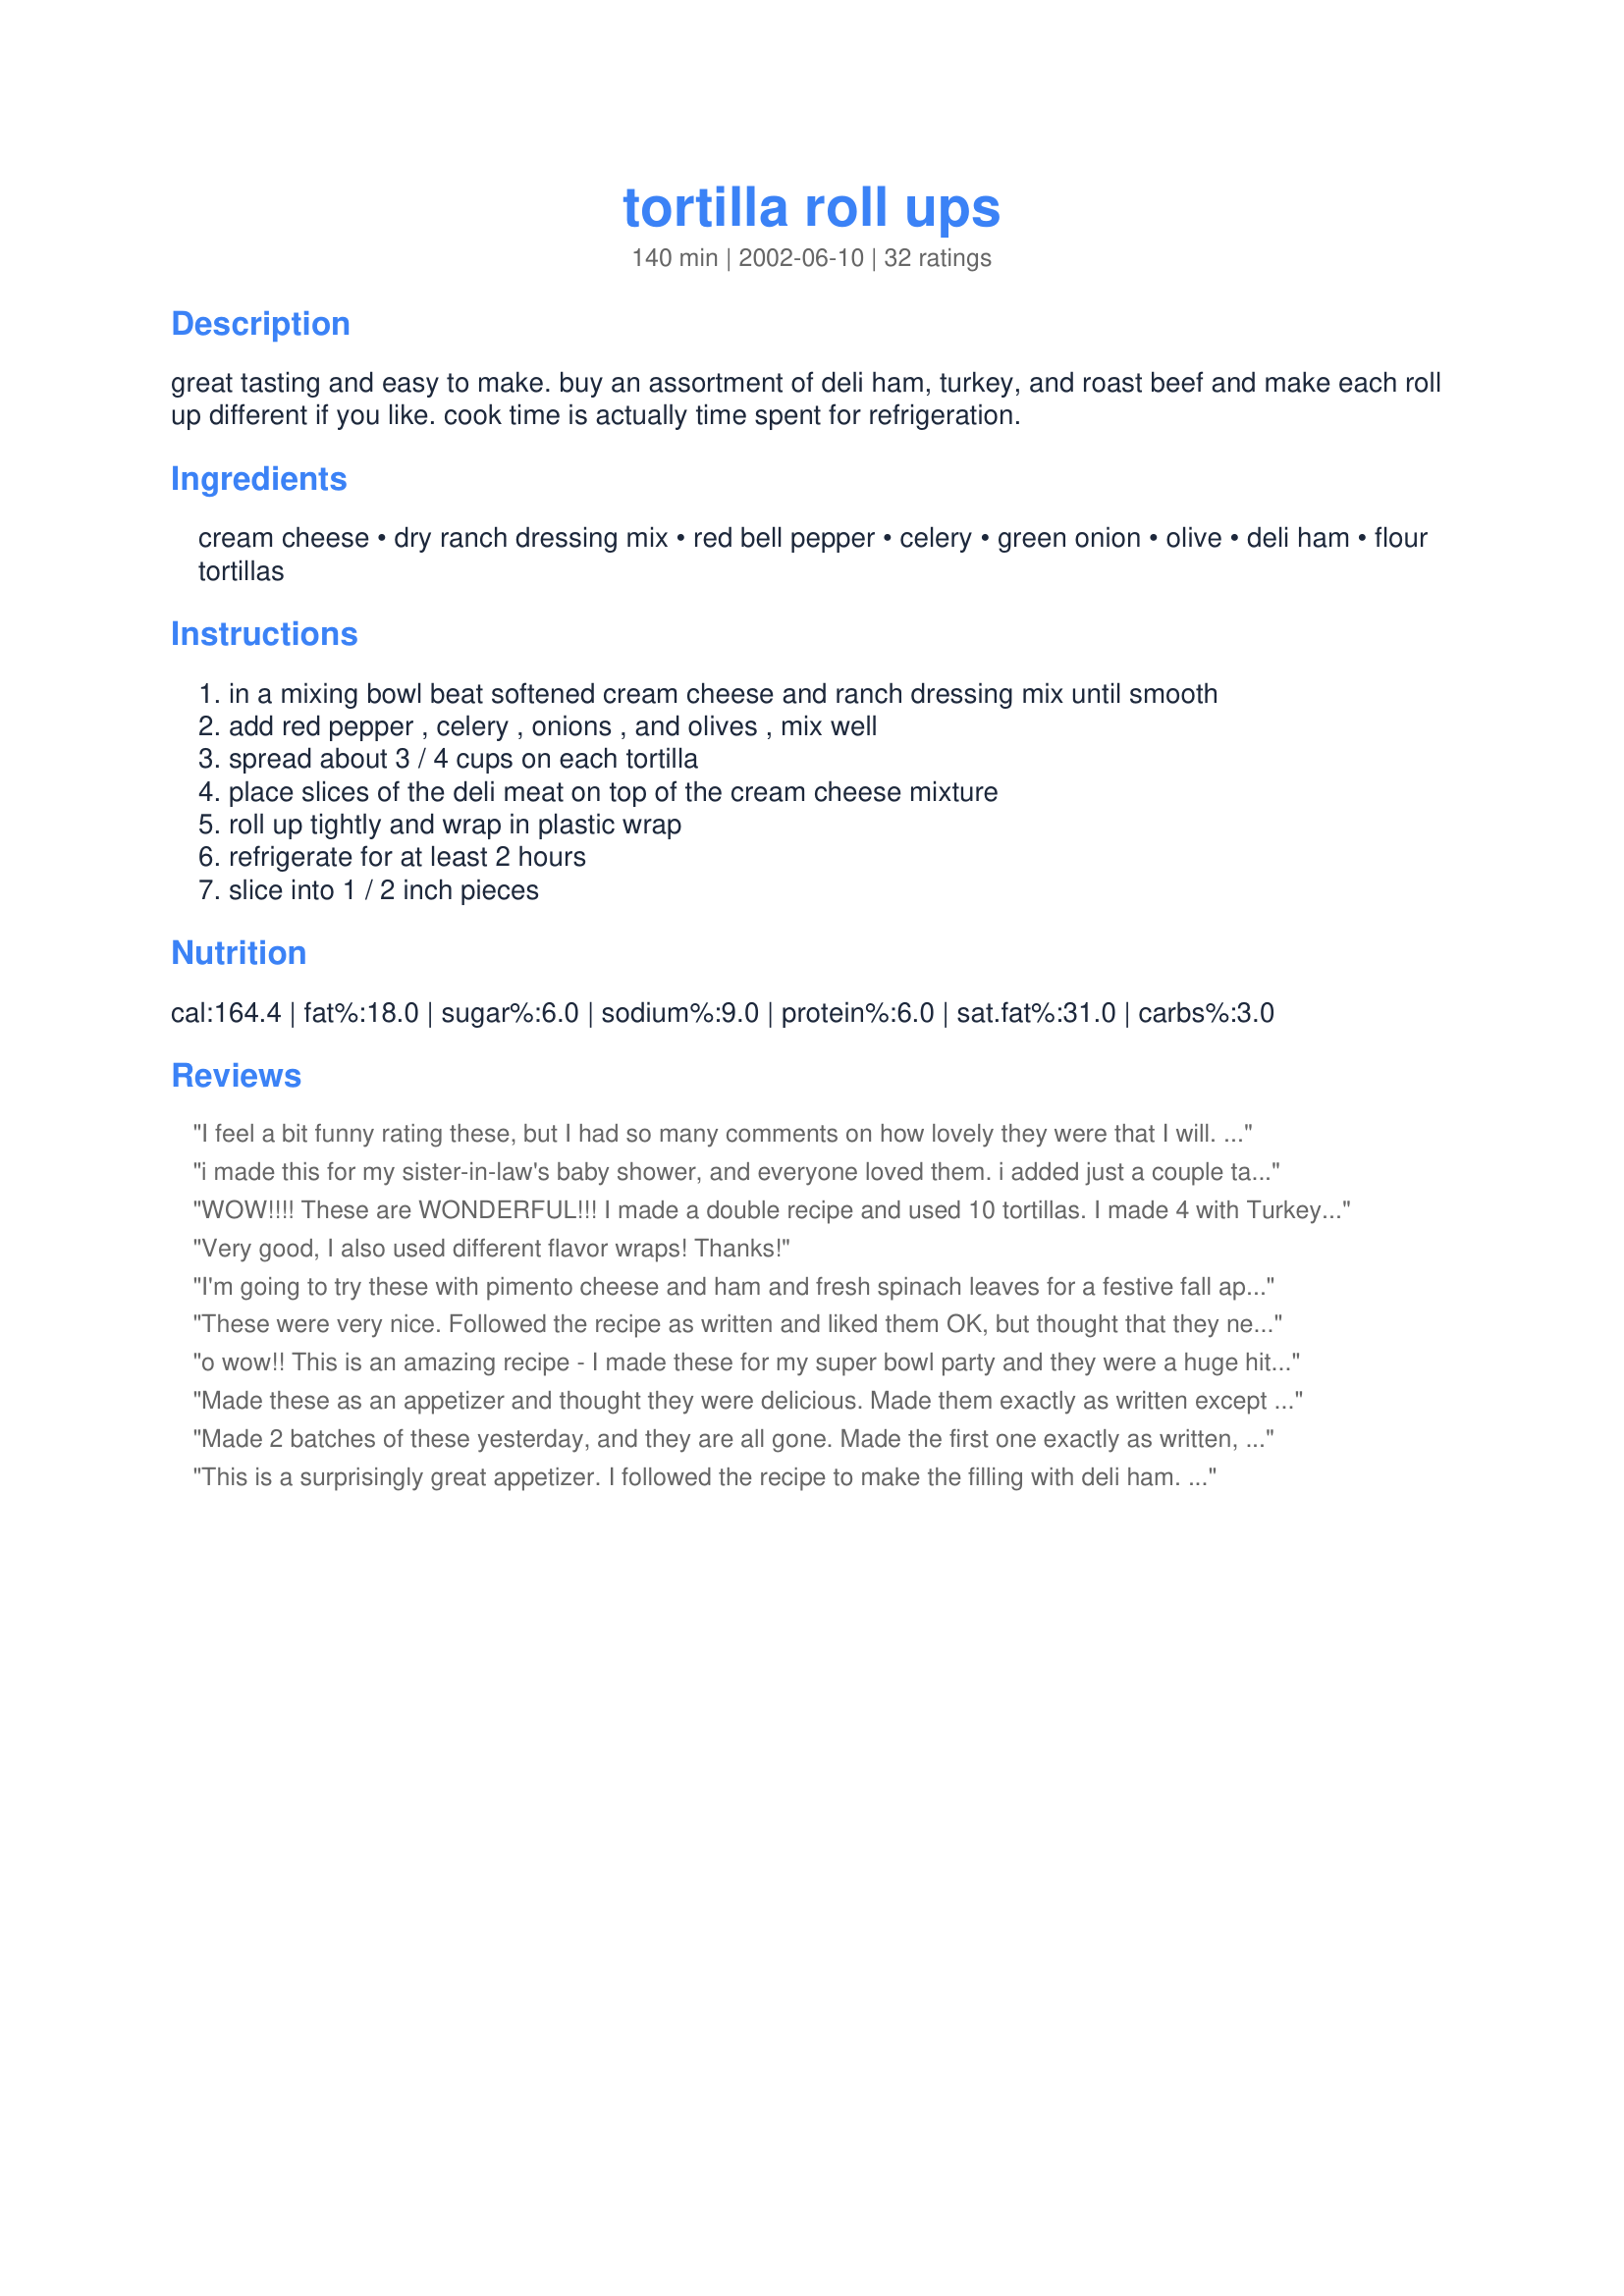
tortilla roll ups
Preparation time: 140 minutes

great tasting and easy to make. buy an assortment of deli ham, turkey, and roast beef and make each roll up different if you like. cook time is actually time spent for refrigeration.

Ingredients:
cream cheese, dry ranch dressing mix, red bell pepper, celery, green onion, olive, deli ham, flour tortillas

Steps:
in a mixing bowl beat softened cream cheese and ranch dressing mix until smooth, add red pepper , celery , onions , and olives , mix well, spread about 3 / 4 cups on each tortilla, place slices of the deli meat on top of the cream cheese mixture, roll up tightly and wrap in plastic wrap, refrigerate for at least 2 hours, slice into 1 / 2 inch pieces

Reviews:
I feel a bit funny rating these, but I had so many comments on how lovely they were that I will. I added a tablespoon each of mayo, sour cream and ranch dressing. In lieu of the dry ranch dressing I used some taco seasoning.I had to leave out the red capsicum as one of the guests is allergic to them...and I completely forgot the onion!! but they were really great. I can see that I will be making these for lots of family get togethers. I used ham and corned beef slices.
i made this for my sister-in-law's baby shower, and everyone loved them. i added just a couple tablespoons of mayonnaise to make the cream cheese mixture a bit smoother for spreading, but other than that, follow the recipe and they're danged near perfect.
WOW!!!! These are WONDERFUL!!! I made a double recipe and used 10 tortillas. I made 4 with Turkey, 4 with Roast Beef and 2 with just the cream cheese mixture and these were the hit of the buffet table!!!
I was a little concerned about what would happen to the shape when I cut them, but I refrigerated them for 4 hours and when cut they mostly held their shape, some were a little flat on one side, but it sure did not hurt the taste!!!! Thanks for posting!!!!
Very good, I also used different flavor wraps! Thanks!
I'm going to try these with pimento cheese and ham and fresh spinach leaves for a festive fall appetizer
These were very nice. Followed the recipe as written and liked them OK, but thought that they needed a little more oomph. If we make them again we'll increase the ranch mix.
o wow!! This is an amazing recipe - I made these for my super bowl party and they were a huge hit. The combo of flavor and crunch is excellent. I used canned pimientos for the red pepper as that was what I had on hand, and like another reviewer stated, these easily create 6 tortilla rolls with the amount of cheese. Also, I used Neufchâtel instead of cream cheese to reduce the fat a bit. This is a wonderful recipe and will become a staple in our house I'm thinking! :)
Made these as an appetizer and thought they were delicious. Made them exactly as written except for the olives. Arranged on a platter they looked very attractive. I cut them about 1 inch thick. Good finger food...and everyone gobbled them up. I used turkey and thinnly sliced corned beef. Any type deli meat would work fine. Thanks for the recipe. It is a keeper.
Made 2 batches of these yesterday, and they are all gone. Made the first one exactly as written, and then experimented with the second one. They all came out GREAT! I cooked the peppers the second time, and added left over cooked chopped broccoli and lettuce. Also tried ham, turkey, chicken and roast. Packed these for my sons' fishing trip, so easy, just cut in half and wrap in same wrapper. The possibilities are endless, and it is quick and easy. Thanks!
This is a surprisingly great appetizer. I followed the recipe to make the filling with deli ham. When rolling up, I placed 3/4 cup filling in the middle of a 10&quot; tortilla and one piece of ham on top of the filling. Everything spread out evenly. Super easy and delicious! Could make for a great party appetizer!
This recipe is really good. I made these for DD's birthday party @ the hotel and the girls ate them up. I used turkey, ham and pastrami. I did omit the red pepper as I didnt have any but will add it at Christmas time when my family is coming to visit. Thank you for posting.
I made these using lo carb tortillas and light cream cheese, as they were what I had on hand. I also used a combination of green and black olives sense the recipe didn&#039;t specify what kind to use. DD was the only one who didn&#039;t care for these.
Hi i made this for a lunchon the other day. EVERYONE loved them! They are very easy to make, and look pretty! I made them exactly like the recipe except for the olives. Thanks so much for sharing! I will be making these again soon! Thanks
Fantastic mix of flavors! Thanks JoAnn!
I followed this recipe exactly using deli turkey. Very pretty and tasty. I let mine sit overnight. This will be great to contribute to potlucks this summer. Hearty, yet easy to put together. Thanks!
This was a great recipe! I added some sour cream and 1tbl of ranch dressing...cucumber seeded, tomato seeded, 1/2 tsp minced garlic and a couple pinches of red pepper flakes and some black pepper...used roast beef and turkey divided. Didn't use the red pepper, celery or olives. These were gone in a flash...thanks so much for posting...I'll be making these all summer!!
Very good, love the addition of the lunch meat - makes it more filling!
I made these for a Bible study get together last week. They were a big hit. I used spinach wraps and did include the olives, although I chopped the olives very fine. They were very pretty and colorful with the green wrap, definitely a big hit, even my husband raved about them. I'll be making these again soon.
These were excellent and very easy to make! I didn't change anything on the recipe and used ham, turkey, and roast beef for an assortment on my tray. It looked beautiful and tasted wonderful! I did roll them the night before and then the next day cut them.
These are great! A real hit at a recent pot-luck. I spread the cream cheese thinner and it made 6 tortillas. They would have much too thick otherwise. Used smoked turkey breast. Thanks for a great recipe.
This was excellent!!! I tried it with turkey and ham. I will try it with roast beef next. I also thought I might sub italiam seasoning mix for the ranch.
Made these And was a big hit! Everyone loved them. I omitted the olives (personal pref). Followed recipe exactly as described and used roast beef. Thank you for posting!
I love this recipe! I used LOTS of filling for each tortilla and then wrapped them up and threw them in the fridge. I came back to "taste" at 2 hours and I was less than thrilled - they were a little hard and the taste was bland. I came back the next morning and the flavors had molded together and the tortillas softened up just perfectly. They were a big hit! Next time, I will know to allow for an overnight prep!
Very tasty wrap, I had some roast beef, silverside and ham so we had a nice variety of meats.
Made them for a nice weekend lunch. Thanks for sharing.
Verrrry Tasty. Made these with deli Basil/Tomato Turkey breast. I squished my olives between paper towels to get extra liquid out. Decorated each slice with a sliver of gherkin pickle. Great snack.
These were very tasty. I have tried many recipes for these, but always found the flavor lacking. Not these. I did omit the celery (personal preference) and used deli thin smoked ham for the meat. The only reason I gave it 4 stars is there wasn't a step that states to put on the meat and how thick. I used one thin layer and in my opinion that was too thin. I think next time I will double that. Thanks JoAnn for sharing your recipe.
These were awesome. Taste great, look great, keep surprisingly well. I had to omit the onions from half because of an allergy. They were still good, although with the onions they were definitely better.
A very quick and easy appetizer for any party! Great recipe!
I wanted a tasty cold appetizer and this really filled the bill. I used spinach torillas and thin sliced smoked turkey - perfecr. Followed the recipe in all other respects. Use the 3/4 cup suggested amount for each 10" tortilla. I decorated each cut spiral with a small piece of pickled hot pepper - Thank you Joann great recipe
These are a wonderful make-ahead appetizer! I used black olives, and bought turkey,roast beef, and Virgina baked ham, and made a variety of combinations. My whole family agreed that this is the best pinwheel recipe we have tried so far!! Thank you for a definite keeper!!:)
~Manda
I could not use olives as I am VERY allergic to them and can not even touch them but it turned out so good with out them.SO easy my 8 year old could make them.I took them to my reunion and should of made more.I had to smack my families hands to keep them out of them before I took them to the reunion.I have to make them again.I used to get these from county market but now that I have made them my self -heck with County market!I only use Aztec brand tortilla shells as they are so good and very soft.yummy!The only problem I had was knowing how much deli meat I should buy to make the tortilla roll ups.No problem really as I bought too much and that just left my family with some for later.
Soooo good! Made these for a Superbowl party and they were a big hit! Will definately be making these again, thanks for posting!
